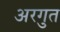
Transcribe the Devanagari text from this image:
अरगुत